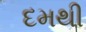
દમથી